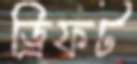
ড্রিফট